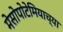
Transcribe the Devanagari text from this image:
मेसोपोटेमियाच्या